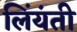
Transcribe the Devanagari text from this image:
लिंयंती